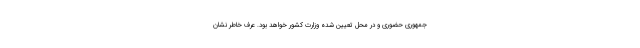
جمهوری حضوری و در محل تعیین شده وزارت کشور خواهد بود. عرف خاطر نشان